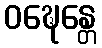
ဝဍ္ဎေန္တေ